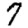
Digit: 7